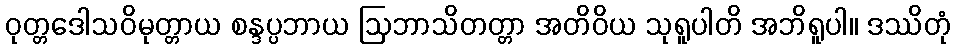
ဝုတ္တဒေါသဝိမုတ္တာယ စန္ဒပ္ပဘာယ ဩဘာသိတတ္တာ အတိဝိယ သုရူပါတိ အဘိရူပါ။ ဒဿိတုံ